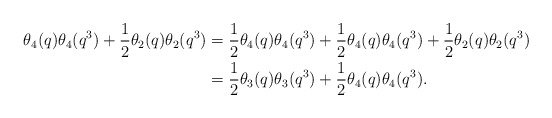
\begin{align*} \theta_4(q)\theta_4(q^3)+\dfrac{1}{2}\theta_2(q)\theta_2(q^3) &= \dfrac{1}{2}\theta_4(q)\theta_4(q^3)+\dfrac{1}{2}\theta_4(q)\theta_4(q^3)+\dfrac{1}{2}\theta_2(q)\theta_2(q^3)\\ &= \dfrac{1}{2}\theta_3(q)\theta_3(q^3)+\dfrac{1}{2}\theta_4(q)\theta_4(q^3).\end{align*}